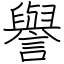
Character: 譽